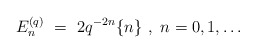
\begin{align*} E_n^{(q)}\ =\ 2 q^{-2n} \{ n \}\ ,\ n=0,1,\ldots\end{align*}